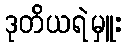
ဒုတိယရဲမှူး